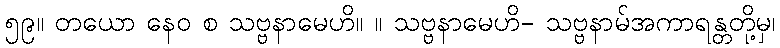
၅၉။ တယော နေဝ စ သဗ္ဗနာမေဟိ။ ။ သဗ္ဗနာမေဟိ- သဗ္ဗနာမ်အကာရန္တတို့မှ၊